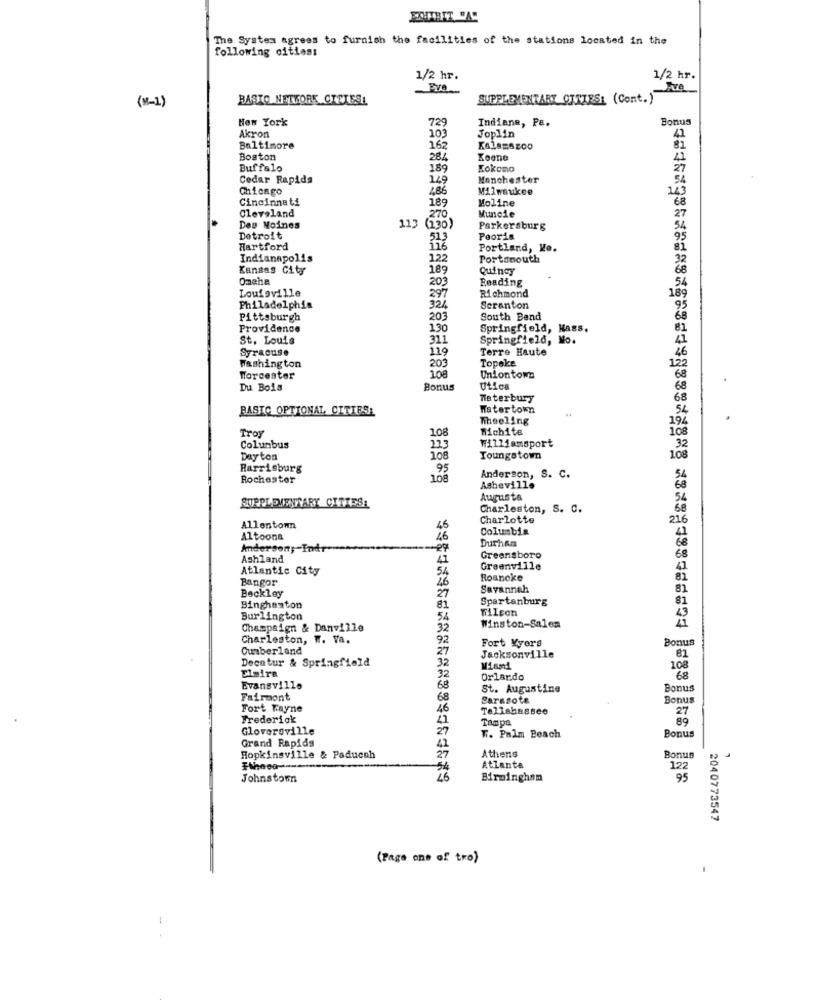
SOITBIT "A!
The System agrees to furnish the facilities of the stations located in the
following cities:
1/2 hr.
1/2 hr.
(8-1)
BASIC NETFORK CIELESE
SUPPLEMENTARY CITIES: (Cont.)
New York
729
Indiane, Pe.
Bonus
Akron
103
Joplin
81
41
Baltimore
162
Boston
284
Koone
41
Buffalo
189
Kokomo
27
Cedar Rapids
149
Manchester
Chicago
486
Milwaukee
143
Cincinnati
189
Moline
68
Cleveland
270
Muncie
27
Des Moines
113 (230)
Parkersburg
Detroit
513
Peoris
95
Hartford
116
Portland, Ke.
81
Indianapolis
122
Portsmouth
32
Kansas City
189
Quincy
68
Omche
203
Reading
54
Louisville
297
Richmond
189
Philadelphia
324
Scranton
95
Pittsburgh
203
South Bend
68
Providence
130
Springfield, Hass.
81
St. Louis
311
Springfield, Mo.
41
Syracuse
119
Terre Haute
26
203
Topoke
Washington
122
Worcester
108
Uniontown
68
Du Bois
Bonus
Utica
68
Waterbury
68
BASIC OPTIONAL CITIES:
Watertown
Theeling
194
Troy
Michite
108
108
Columbus
223
Williamsport
.32
Dayton
108
Youngstown
108
Harrisburg
.95
Rochester
108
Anderson, S. C.
Asheville
Augusta
54
SUPPLEMENTARY CITIESL
Charleston, S. C.
68
Charlotte
216
Allentown
46
Columbia
Altoona
46
Durham
Anderson, Ind
Ashland
41
Greensboro
68
Atlantic City
Greenville
41
Bangor
54
Roanoke
81
46
Savannah
81
Beckley
27
Spartanburg
Binghamton
81
Tilson
Burlington
54
43
Champaign & Danville
32
Winston-Salem
Charleston, W. Va.
92
Bonus
Cumberland
27
Fort Myers
Decatur & Springfield
Jacksonville
81
Elmira
108
32
Orlando
68
Evansville
68
St. Augustine
Bonus
Fairmont
68
Sarasota
Bonus
Fort Kayne
46
Tallahassee
27
Frederick
21
Tampa
89
Gloversville
27
Bonus
Grand Rapids
T. Palm Beach
27
Athens
Hopkinsville & Paducah
Bonus
Atlanta
122
Johnstown
26
Birmingham
95
2040773547
(Page one of tro)